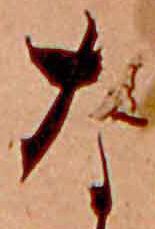
な